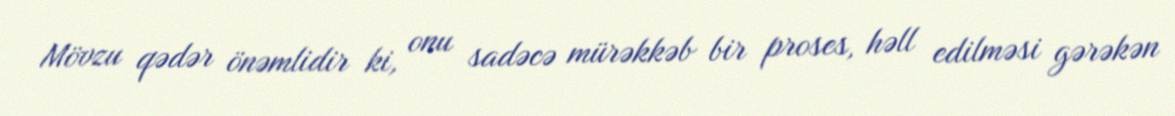
Mövzu qədər önəmlidir ki, onu sadəcə mürəkkəb bir proses, həll edilməsi gərəkən